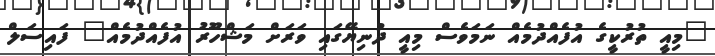
"މިއީ ތުރުކީގެ އުފެއްދުމެއް ނަމަވެސް މިއީ ދުނިޔޭގައި ވަރަށް މަޝްހޫރު އުފެއްދުމެއް" ފައިސަލް